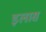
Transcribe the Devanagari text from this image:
इलास